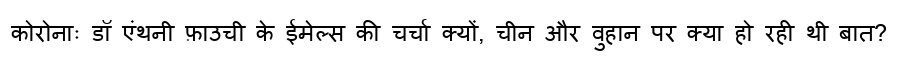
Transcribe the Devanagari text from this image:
कोरोनाः डॉ एंथनी फ़ाउची के ईमेल्स की चर्चा क्यों, चीन और वुहान पर क्या हो रही थी बात?